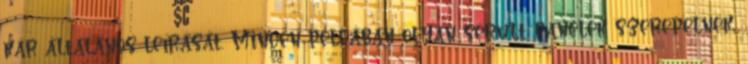
kár általános leírását. Minden példában olyan sérült panelek szerepelnek,